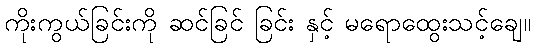
ကိုးကွယ်ခြင်းကို ဆင်ခြင် ခြင်း နှင့် မရောထွေးသင့်ချေ။